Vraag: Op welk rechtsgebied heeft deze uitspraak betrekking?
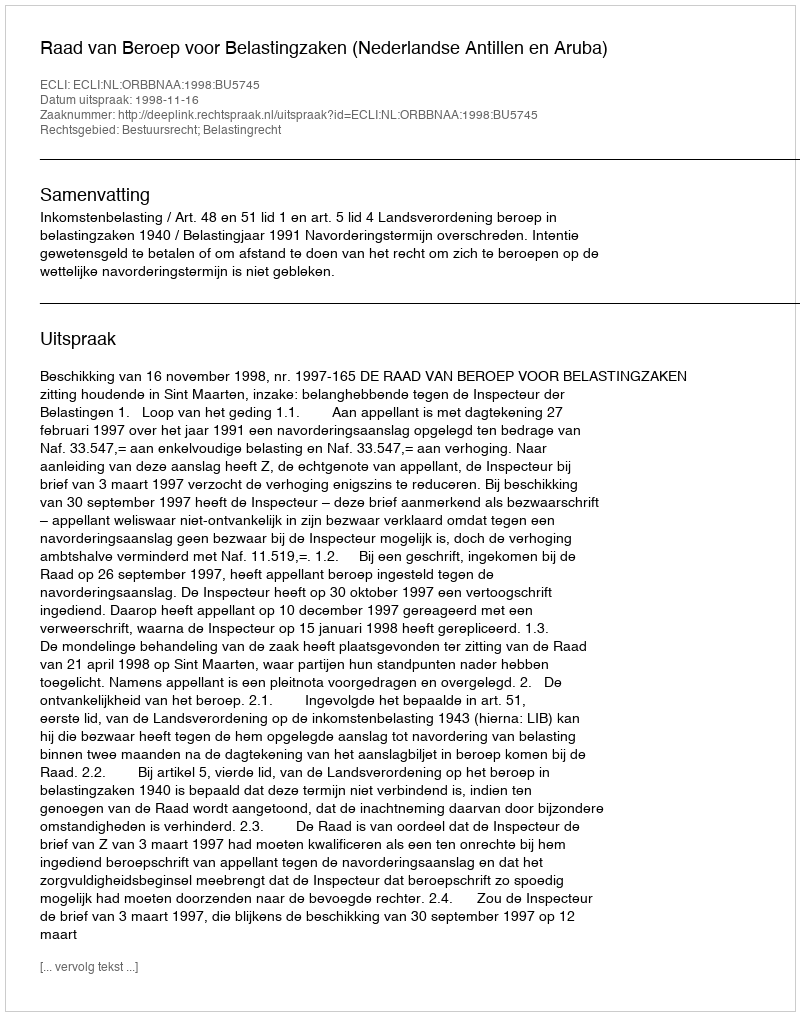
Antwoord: Bestuursrecht; Belastingrecht